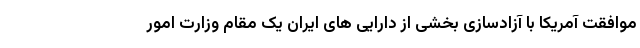
موافقت آمریکا با آزادسازی بخشی از دارایی های ایران یک مقام وزارت امور